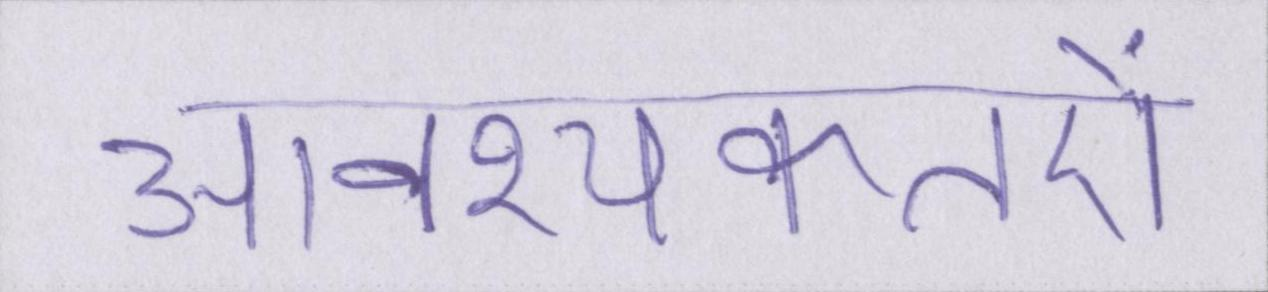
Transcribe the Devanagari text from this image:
आवश्यकतऐं